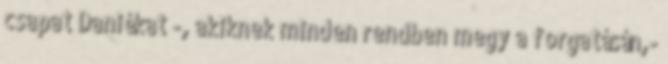
csapat Daniékat -, akiknek minden rendben megy a forgatásán,-